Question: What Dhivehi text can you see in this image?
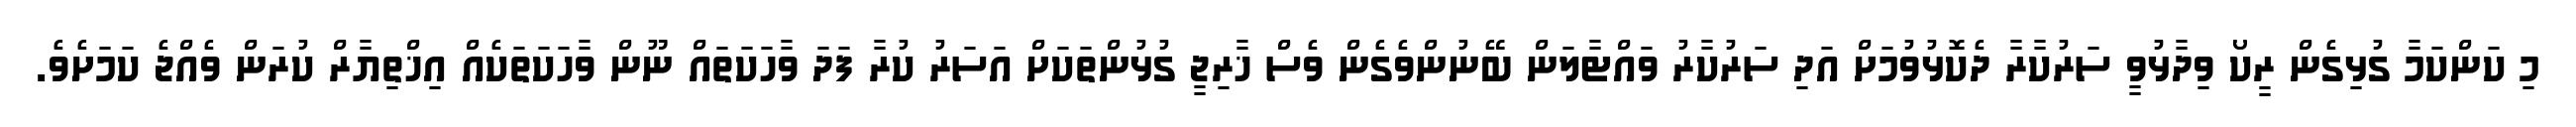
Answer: މި ކަންކަމާ ގުޅިގެން ރީކޯ ވިދާޅުވީ ސަރުކާރާ ދެކޮޅުވުމަށް އަދި ސަރުކާރު ވައްޓާލަން ބޭނުންވެގެން ވެސް ޚާރިޖީ ގުޅުންތަކަށް އަސަރު ކުރާ ފަދަ ވާހަކަތައް ނޫން ވާހަކަތަކެއް އިޚްތިޔާރް ކުރަން ވެއްޖެ ކަމަށެވެ.